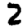
Digit: 2